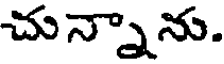
చున్నాను.